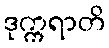
ဒုက္ကရာတိ